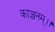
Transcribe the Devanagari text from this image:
काञ्चनम्।।